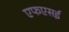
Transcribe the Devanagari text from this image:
एफएसई